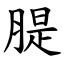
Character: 䐎